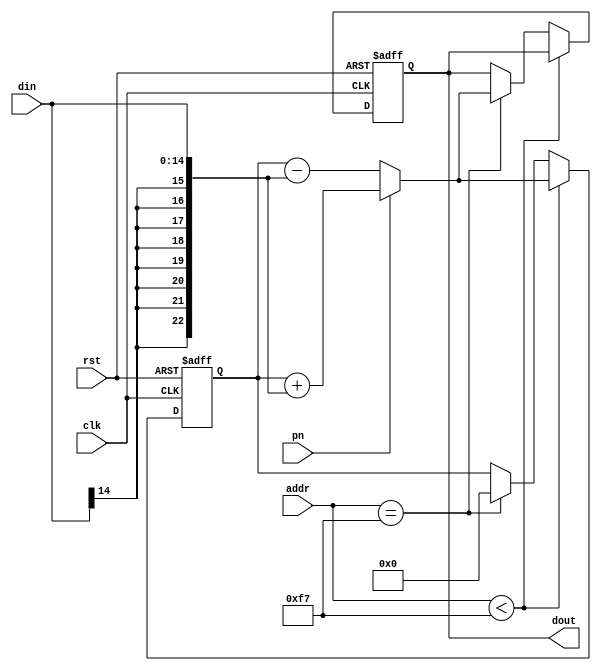
//integrator.v
module integrator (
	rst,clk,pn,addr,din,
	dout); 
	
	input	 rst;   //
	input	 clk;   //FPGA49.6 MHz
	input  pn;    //pn
	input [7:0]  addr;          //pn
	input  signed [14:0] din;   //
	output signed [22:0 ]dout;  //
	
	reg signed [22:0] sum,dtem;
	always @(posedge clk or posedge rst)
	   if (rst)
		   begin
			   sum  <= 23'd0;
				dtem <= 23'd0;
			end
		else
		   begin
			   if (addr <8'd247)
				   if (pn) sum <= sum + {{8{din[14]}},din};
					else    sum <= sum - {{8{din[14]}},din};
				else if (addr==8'd247)
				   begin
					   if (pn) dtem <= sum + {{8{din[14]}},din};
					   else    dtem <= sum - {{8{din[14]}},din};
						sum <= 23'd0;
					end
			end

			
	assign dout = dtem;

endmodule